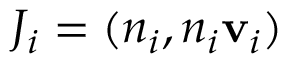
J _ { i } = ( n _ { i } , n _ { i } \mathbf { v } _ { i } )